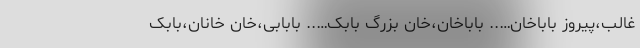
غالب،پیروز باباخان….. باباخان،خان بزرگ بابک….. بابابی،خان خانان،بابک